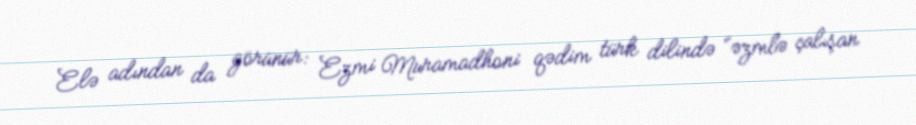
Elə adından da görünür: Ezmi Muramadhoni qədim türk dilində “əzmlə çalışan